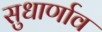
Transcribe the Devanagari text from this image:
सुधार्णाव